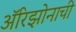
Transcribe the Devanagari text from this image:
अॅरिझोनाची